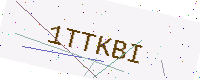
Text: 1TTKBI